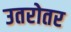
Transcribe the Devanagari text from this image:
उतरोतर